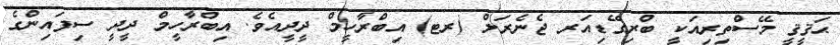
ޙަޤީޤީ މޭސްތިރިއަކީ ބްރިގޭޑިއަރ ޖެނެރަލް (ރޓ) އިބްރާހީމް ދީދީއެވެ. އިބްރާހީމް ދީދީ ސިފައިންގެ